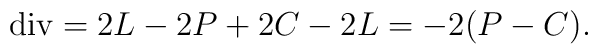
{\rm div}= 2L - 2P +2C -2L=-2(P-C).